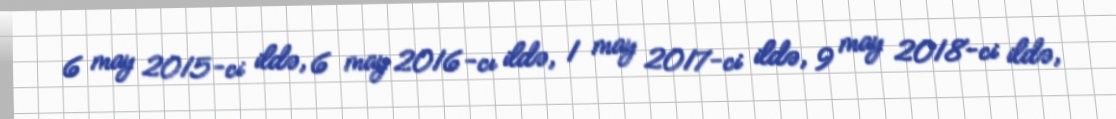
6 may 2015-ci ildə, 6 may 2016-cı ildə, 1 may 2017-ci ildə, 9 may 2018-ci ildə,